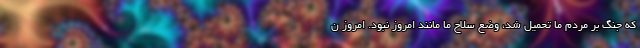
که جنگ بر مردم ما تحمیل شد، وضع سلاح ما مانند امروز نبود. امروز ن